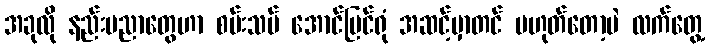
အခုလို နည်းပညာတွေဟာ စမ်းသပ် အောင်မြင်ရုံ အဆင့်မှာတင် မဟုတ်တော့ပဲ လက်တွေ့